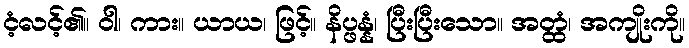
ငံ့လင့်၏။ ဝါ၊ ကား။ ယာယ၊ ဖြင့်။ နိပ္ဖန္နံ၊ ပြီးပြီးသော။ အတ္ထံ၊ အကျိုးကို။